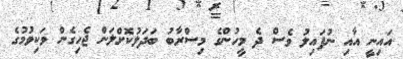
އައިނީ އާއި ނުފައިލު ވެސް ދެ މީހުންގެ މިސްރާބު ބަދަލުކޮށްލަން ޖެހިގެން ވަކިވުމުގެ